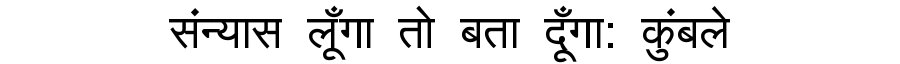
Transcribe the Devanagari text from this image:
संन्यास लूँगा तो बता दूँगा: कुंबले